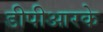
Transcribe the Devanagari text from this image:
डीपीआरके